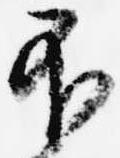
不